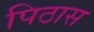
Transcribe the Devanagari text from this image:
पिठास